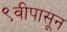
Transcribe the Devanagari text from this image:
९वीपासून